Report on vaccination in Madras 1922-1929 - 1922-1929
Year: 1922
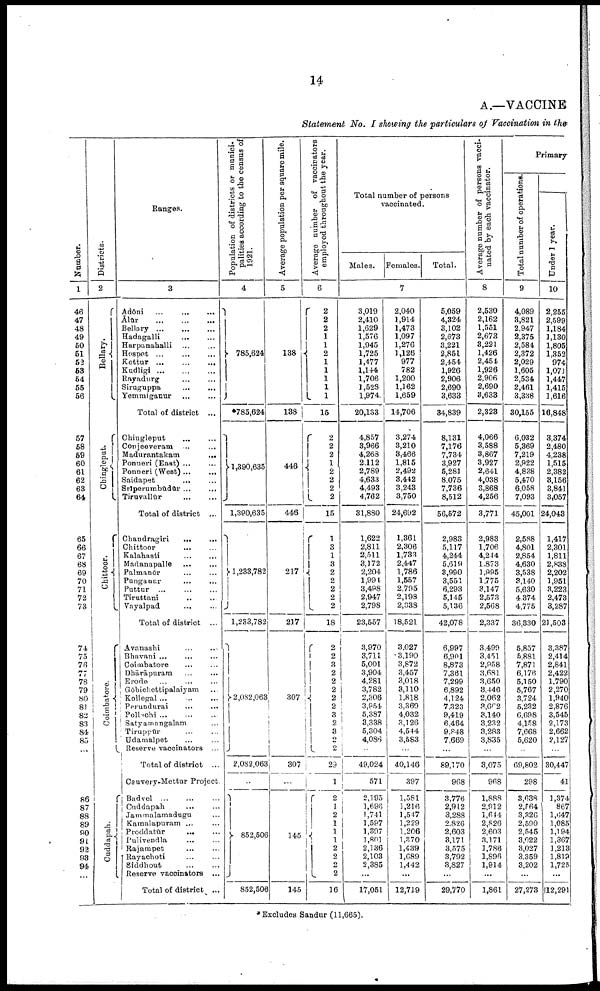
14
A.—VACCINE
Statement No. I showing the particulars of Vaccination in the
Number.
1
46
47
48
49
50
51
52
53
54
55
56
57
58
59
60
61
62
63
64
65
66
67
68
69
70
71
72
73
74
75
76
77
78
79
80
81
82
83
84
85
...
86
87
88
89
90
91
92
93
94
...
Districts.
2
Bellary.
Chingleput.
Chittoor.
Coimbatore.
Cuddapah.
Ranges.
3
Adōni
...
...
...
Ālūr
...
...
...
Bellary ... ... ...
Hadagalli
...
...
Harpanahalli ... ...
Hospet
...
...
...
Kottur... ... ...
Kudligi ... ... ...
Rayadurg
...
...
Siruguppa
...
...
Yemmiganur ... ...
Total of district ...
Chingleput
...
...
Conjeeveram ... ...
Madurantakam
...
Ponneri (East) ... ...
Ponneri (West) ... ...
Saidapet ... ...
Srīperumbūdūr ... ...
Tiruvallūr
...
...
Total of district ...
Chandragiri
...
...
Chittoor
...
...
Kalahasti ... ...
Madanapalle ... ...
Palmanōr ... ...
Punganur ... ...
Puttur
...
...
...
Tiruttani ... ...
Vayalpad ... ...
Total of district ...
Avanashi ... ...
Bhavani ... ...
Coimbatore ... ...
Dhārāpuram ... ...
Erode
...
...
...
Gōbichettipalaiyam ...
Kollegal ... ... ...
Perundurai ... ...
Pollachi
...
...
...
Satyamangalam ...
Tiruppūr ... ... ...
Udamalpet ... ...
Reserve vaccinators ...
Total of district ...
Cauvery-Mettur Project.
Badvel
...
...
...
Cuddapah ... ...
Jammalamadugu ...
Kamalapuram ... ...
Proddatūr
...
...
Pulivendla ... ...
Rajampet ... ...
Rayachoti ... ...
Siddhout
...
...
Reserve vaccinators ...
Total of district ...
Population of districts or munici
palities according to the census of
1921.
4
785,624
*785,624
1,390,635
1,390,635
1,233,782
1,233,782
2,082,063
2,082,063
...
852,506
852,506
Average population per square mile.
5
138
138
446
446
217
217
307
307
...
145
145
Average number of vaccinators
employed throughout the year.
6
2
2
2
1
1
2
1
1
1
1
1
15
2
2 2
1
2
2
2
2
15
1
3
1
3
2
2 2
2
2
18
2
2
3 2
2
2
2
2
3
2
3
2
2
29
1
2
1
2
1
1 1
2
2
2
2
16
Total number of persons
vaccinated.
Males. Females.
Total.
7
3,019
2,410
1,629
1,576
1,945
1,725
1,477
1,144
1,706
1,528
1,974
20,133
4,857
3,966
4,268
2,112
2,789
4,633
4,493
4,762
31,880
1,622
2,811
2,511
3,172
2,204
1,994
3,498
2,947
2,798
23,557
3,970
3,711
5,001
3,904
4,281
3,782
2,306
3,954
5,387
3,338
5,304
4,086
...
49,024
571
2,195
1,696
1,741
1,597
1,397
1,801
2,136
2,103
2,385
...
17,051
2,040
1,914
1,473
1,097
1,276
1,126
977
782
1,200
1,162
1,659
14,706
3,274
3,210
3,466
1,815
2,492
3,442
3,243
3,750
24,692
1,361
2,306
1,733
2,447
1,786
1,557
2,795
2,198
2,338
18,521
3,027
3,190
3,872
3,457
3,018
3,110
1,818
3,369
4,032
3,126
4,544
3,583
...
40,146
397
1,581
1,216
1,547
1,229
1,206
1,370
1,439
1,689
1,442
...
12,719
5,059
4,324
3,102
2,673
3,221
2,851
2,454
1,926
2,906
2,690
3,633
34,839
8,131
7,176
7,734
3,927
5,281
8,075
7,736
8,512
56,572
2,983
5,117
4,244
5,619
3,990
3,551
6,293
5,145
5,136
42,078
6,997
6,901
8,873
7,361
7,299
6,892
4,124
7,323
9,419
6,464
9,848
7,669
...
89,170
968
3,776
2,912
3,288
2,826
2,603
3,171
3,575
3,792
3,827
...
29,770
Average number of persons vacci
nated by each vaccinator.
8
2,530
2,162
1,551
2,673
3,221
1,426
2,454
1,926
2,906
2,690
3,633
2,323
4,066
3,588
3,867
3,927
2,641
4,038
3,868
4,256
3,771
2,983
1,706
4,244
1,873
1,995
1,775
3,147
2,573
2,568
2,337
3,499
3,451
2,958
3,681
3,650
3,446
2,062
3,602
3,140
3,232
3,283
3,835
...
3,075
968
1,888
2,912
1,644
2,826
2,603
3,171
1,786
1,896
1,914
...
1,861
Primary
Total number of operations.
9
4,089
3,821
2,947
2,375
2,584
2,372
2,029
1,605
2,534
2,461
3,338
30,155
6,032
5,369
7,219
2,922
4,838
5,470
6,058
7,093
45,001
2,588
4,801
2,854
4,630
3,538
3,140
5,630
4,374
4,775
36,330
5,857
5,881
7,871
6,176
5,150
5,767
3,724
5,232
6,698
4,158
7,668
5,620
...
69,802
298
3,638
2,564
3,326
2,590
2,545
3,022
3,027
3,359
3,202
...
27,273
Under 1 year.
10
2,255
2,599
1,184
1,130
1,805
1,352
974
1,071
1,447
1,415
1,616
16,848
3,374
2,480
4,238
1,515
2,382
3,156
3,841
3,057
24,043
1,417
2,301
1,811
2,838
2,202
1,951
3,223
2,473
3,287
21,503
3,387
2,414
2,841
2,422
1,790
2,270
1,940
2,876
3,545
2,173
2,662
2,127
...
30,447
41
1,374
867
1,647
1,085
1,194
1,367
1,213
1,819
1,725
...
12,291
*Excludes Sandur (11,665).